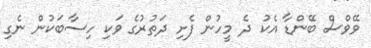
ވޭވްސް ބޭންޑާ އެކު ދެ މީހުން ފެށި ދަތުރުގެ ވަކި ހިސާބަކުން ނެގި